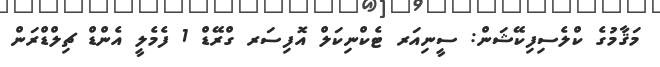
މަޤާމުގެ ކްލެސިފިކޭޝަން: ސީނިއަރ ޓެކްނިކަލް އޮފިސަރ ގްރޭޑް 1 ފެމެލީ އެންޑް ޗިލްޑްރަން